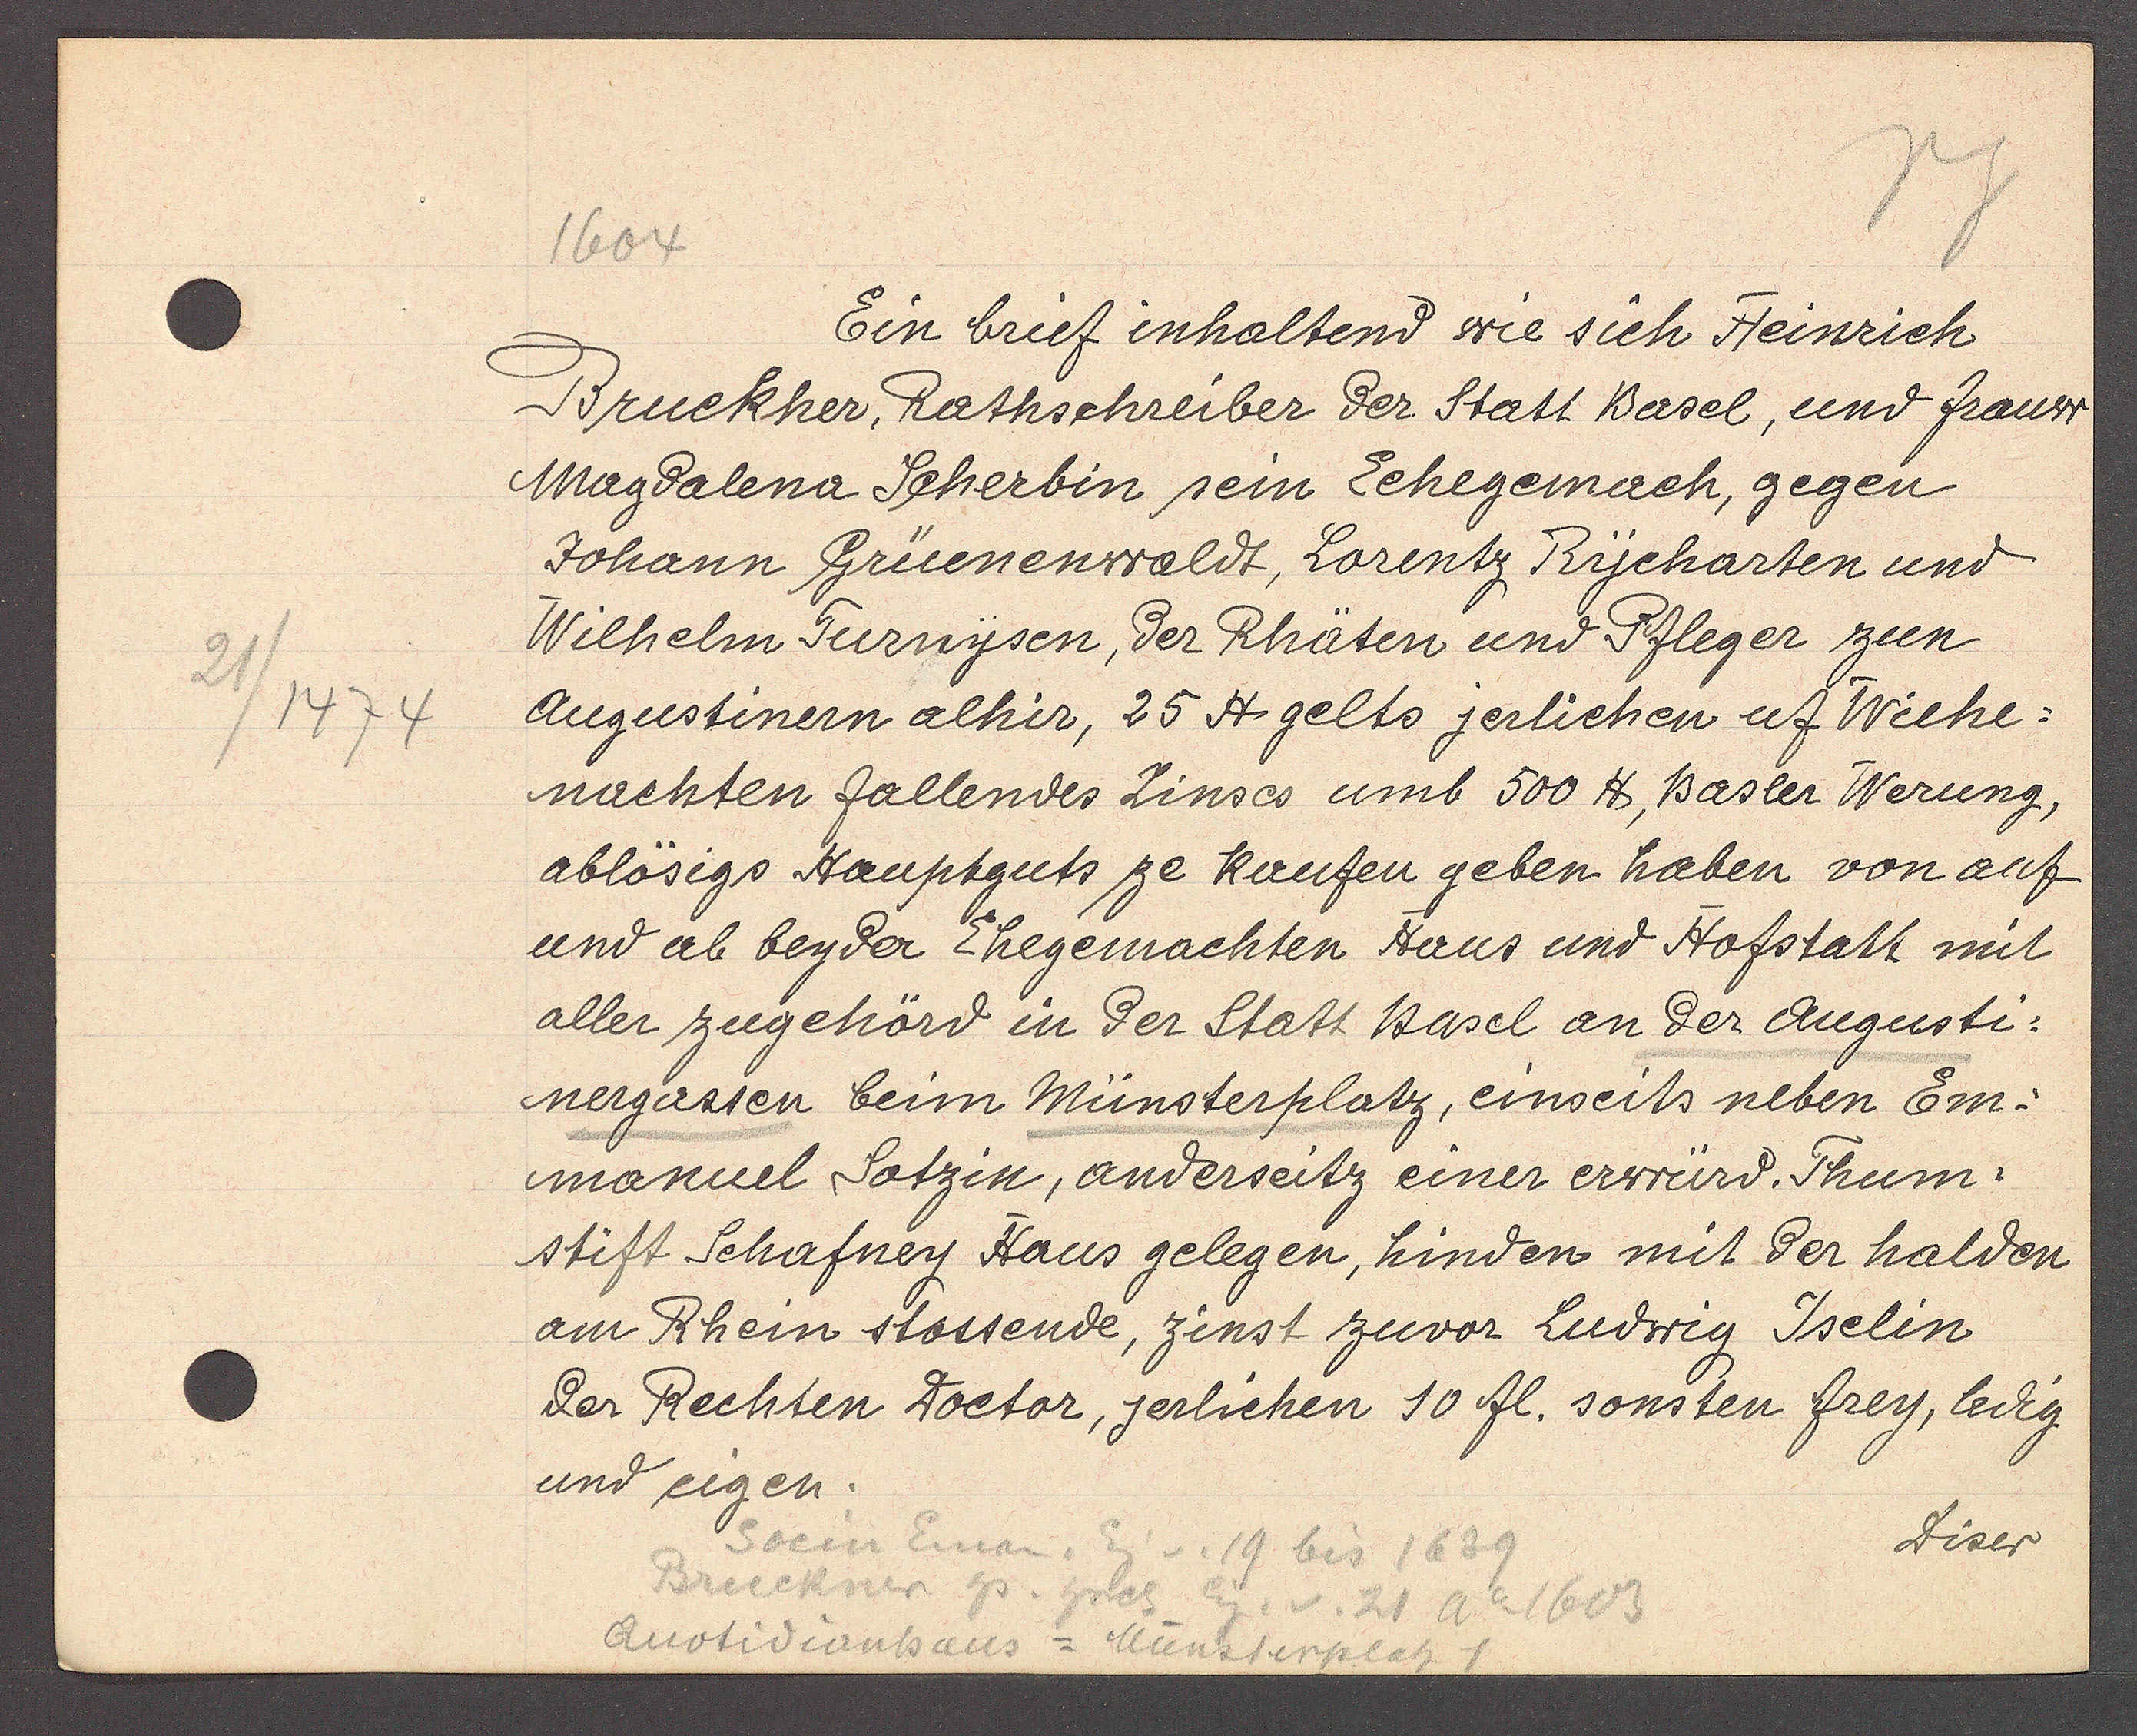
Transcript:
21
/1474

1604

Ein brief inhaltend wie sich Heinrich
Bruckher, Rathschreiber der Statt Basel, und frauw
Magdalena Scherbin sein Echegemach, gegen
Johann Grüenenwaldt, Lorentz Rycharten und
Wilhelm Turnysen, der Rhäten und Pfleger zun
Augustinern alhir, 25 ℔ gelts jerlichen uf Wiehe¬
nachten fallendes Zinses umb 500 ℔, Basler Werung,
ablösigs Hauptguts ze kaufen geben haben von auf
und ab beyder Ehegemachten Haus und Hofstatt mit
aller zugehörd in der Statt Basel an der Augusti¬
nergassen beim Münsterplatz, einseits neben Em¬
manuel Sotzin, anderseitz einer erwürd. Thum¬
stift Schafney Haus gelegen, hinden mit der halden
am Rhein stossende, zinst zuvor Ludwig Iselin
der Rechten Doctor, jerlichen 10 fl. sonsten frey, ledig
und eigen.

Socin Eman. Eig v. 19 bis 1639
Bruckner hs. hrch Eig. v. 21 Ao 1603
Quotidianhaus = Münsterplatz 1